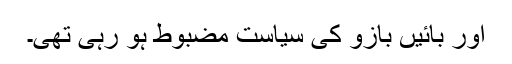
اور بائیں بازو کی سیاست مضبوط ہو رہی تھی۔